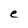
Character: e